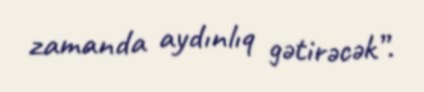
zamanda aydınlıq gətirəcək”.